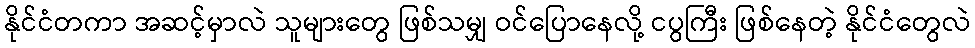
နိုင်ငံတကာ အဆင့်မှာလဲ သူများတွေ ဖြစ်သမျှ ဝင်ပြောနေလို့ ငပွကြီး ဖြစ်နေတဲ့ နိုင်ငံတွေလဲ